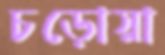
চড়োয়া